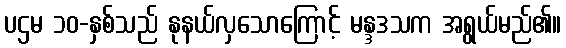
ပဌမ ၁၀-နှစ်သည် နုနယ်လှသောကြောင့် မန္ဒဒသက အရွယ်မည်၏။